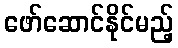
ဖော်ဆောင်နိုင်မည့်